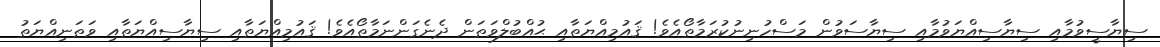
ސިޔާސީވުމާއި ސިޔާސިއްޔަވުމާއި ސިޔާސަވުން މަސްހުނިނުކުރަމާތޯއެވެ! ޤައުމިއްޔަތާއި ޙުއްބުލްވަޠަން ދެނެގަންނަމާތޯއެވެ! ޤައުމިއްޔަތާއި ސިޔާސިއްޔަތާއި ވަޠަނިއްޔަތު